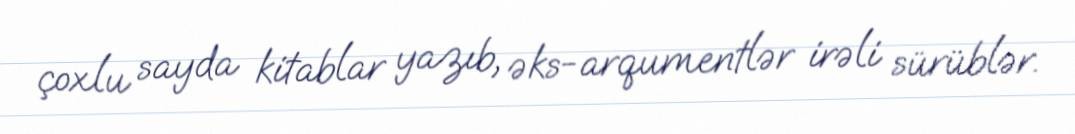
çoxlu sayda kitablar yazıb, əks-arqumentlər irəli sürüblər.